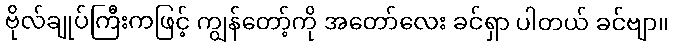
ဗိုလ်ချုပ်ကြီးကဖြင့် ကျွန်တော့်ကို အတော်လေး ခင်ရှာ ပါတယ် ခင်ဗျာ။